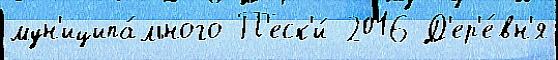
мун'иципа́льного П'еск'и́ 2016 Д'ер'е́вн'я